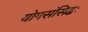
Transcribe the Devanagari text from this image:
योगसंसिद्धः